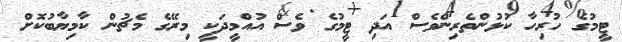
ޓީމުގެ ހުރިހާ ކުޅުންތެރިންވެސް އަދި ޓީމުގެ ވެސް އުއްމީދަކީ މިރޭގެ މެޗުން ކާމިޔާބުކޮށް